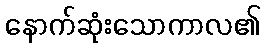
နောက်ဆုံးသောကာလ၏